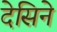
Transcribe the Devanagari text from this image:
देसिने